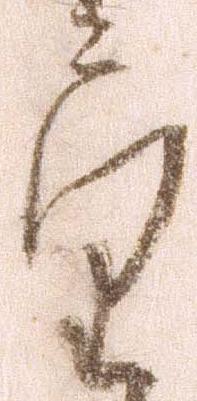
望